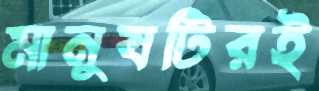
মানুষটিরই